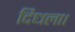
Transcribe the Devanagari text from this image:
दिधला।